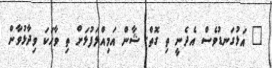
" އަޅުގަނޑުވެސް އެދެނީ ތި ގޮތް. ޝާން އަމިއްލަފުޅަށް ތި ވާހަކަ ވިދާޅުވާން